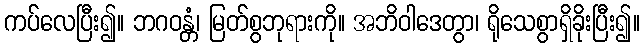
ကပ်လေပြီး၍။ ဘဂဝန္တံ၊ မြတ်စွဘုရားကို။ အဘိဝါဒေတွာ၊ ရိုသေစွာရှိခိုးပြီး၍။